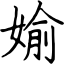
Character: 媮